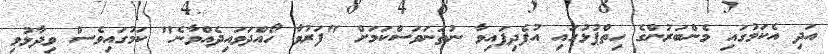
އަދި އެކަމުގައި މެންބަރުންގެ ހިތްޕުޅުގައި އުފެދިފައިވާ ނުތަނަވަސްކަމަށް "ފަރުވާ ހޯއްދަވައިދެއްވާނެ" ކަމުގައިވެސް ވިދާޅުވި